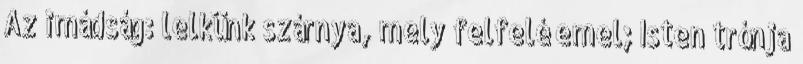
Az imádság: lelkünk szárnya, mely felfelé emel; Isten trónja